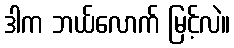
ဒါက ဘယ်လောက် မြင့်လဲ။